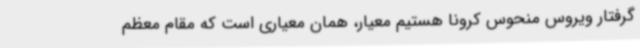
گرفتار ویروس منحوس کرونا هستیم معیار، همان معیاری است که مقام معظم